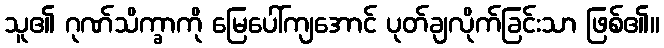
သူ၏ ဂုဏ်သိက္ခာကို မြေပေါ်ကျအောင် ပုတ်ချလိုက်ခြင်းသာ ဖြစ်၏။